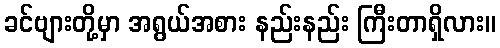
ခင်ဗျားတို့မှာ အရွယ်အစား နည်းနည်း ကြီးတာရှိလား။